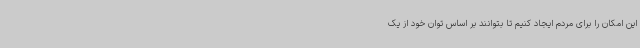
این امکان را برای مردم ایجاد کنیم تا بتوانند بر اساس توان خود از یک